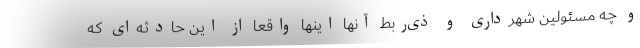
و چه مسئولین شهرداری و ذی‌ربط آنها اینها واقعاً از این حادثه‌ای که